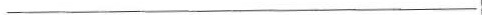
___